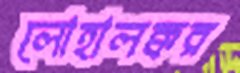
লোহালক্কর